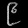
Digit: ၉